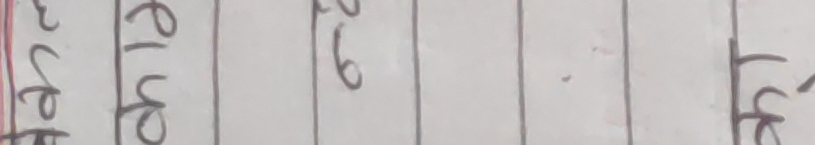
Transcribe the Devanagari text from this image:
उप एले १६ फ्रे